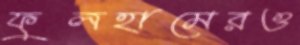
ফুলহামেরও